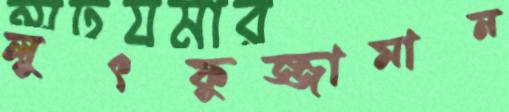
লুৎফুজ্জামান